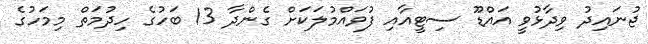
ޖުނައިދު ވިދާޅުވީ އައްޑޫ ސިޓީއާއި ފުވައްމުލަކަށް ގެންދާ 13 ބަހުގެ ހިދުމަތް މިމަހުގެ